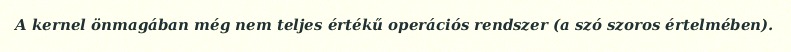
A kernel önmagában még nem teljes értékű operációs rendszer (a szó szoros értelmében).